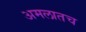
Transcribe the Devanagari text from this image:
अमलातच